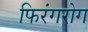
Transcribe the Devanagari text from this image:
फिरंगरोग